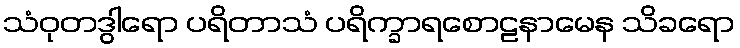
သံဝုတဒွါရော ပရိတာသံ ပရိက္ခာရစောဠနာမေန သိခရော